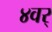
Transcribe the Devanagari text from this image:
४वर्